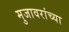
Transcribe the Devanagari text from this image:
मुजावरांच्या